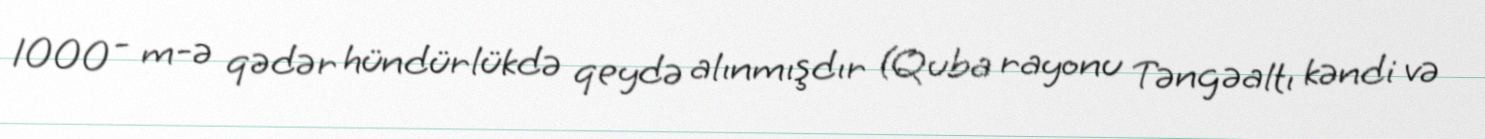
1000 - m-ə qədər hündürlükdə qeydə alınmışdır (Quba rayonu Təngəaltı kəndi və